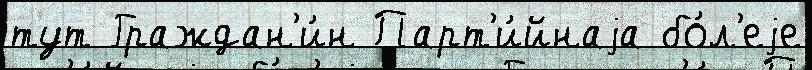
тут Граждан'и́н Парт'и́йнаjа бо́л'еjе